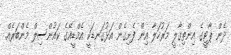
ދެން ޕާޓީގެ އިންތިގާލީ މަރުހަލާ އިން ފެށިގެން އަޅުގަނޑަކީ އެމްޑީއޭގެ ކައުންސިލް މެންބަރެއް.